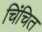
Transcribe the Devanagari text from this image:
चिंचित